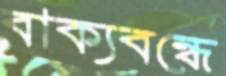
বাক্যবন্ধে